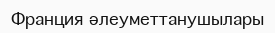
Франция әлеуметтанушылары